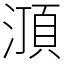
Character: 㴿